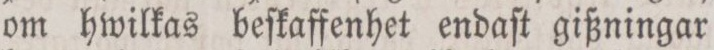
om hwilkas beſkaffenhet endaſt gißningar